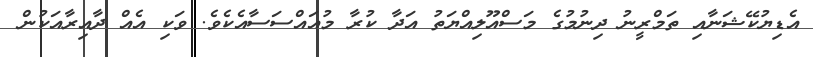
އެޑިޔުކޭޝަނާއި ތަމްރީނު ދިނުމުގެ މަސްއޫލިއްޔަތު އަދާ ކުރާ މުއައްސަސާއެކެވެ. ވަކި އެއް ދާއިރާއަކުން